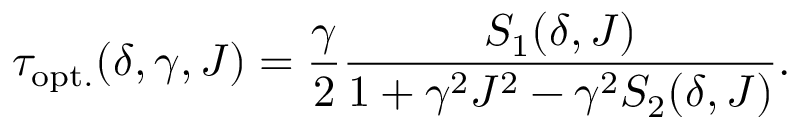
\tau _ { \mathrm { o p t . } } ( \delta , \gamma , J ) = \frac { \gamma } { 2 } \frac { S _ { 1 } ( \delta , J ) } { 1 + \gamma ^ { 2 } J ^ { 2 } - \gamma ^ { 2 } S _ { 2 } ( \delta , J ) } .